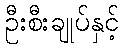
ဦးစီးချုပ်နှင့်